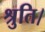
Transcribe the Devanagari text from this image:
श्रुति।